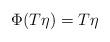
LaTeX: \begin{align*}\Phi(T \eta) = T \eta\end{align*}